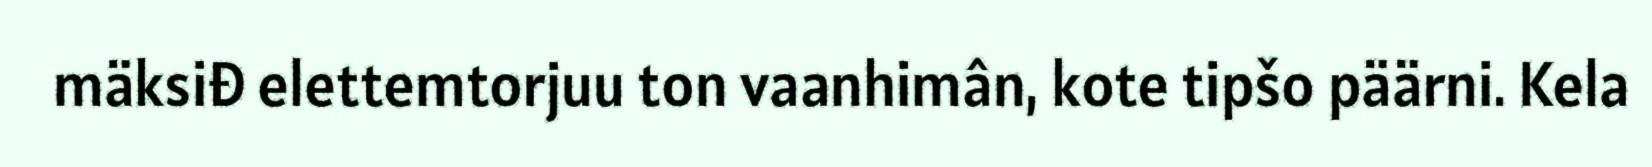
mäksiđ elettemtorjuu ton vaanhimân, kote tipšo päärni. Kela